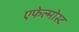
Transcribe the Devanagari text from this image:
एफेल्मोस्ट